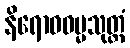
နိရောဓဓမ္မသုတ္တံ